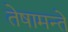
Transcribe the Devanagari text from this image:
तेषामन्ते